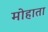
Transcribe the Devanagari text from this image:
मोहाता